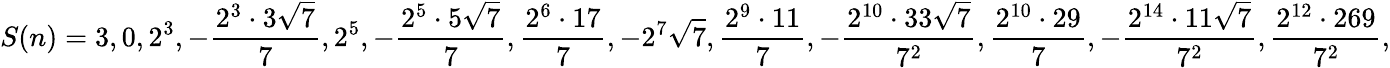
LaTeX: S(n)=3,0,2^{3},-{\frac{2^{3}\cdot 3{\sqrt{7}}}{7}},2^{5},-{\frac{2^{5}\cdot 5{\sqrt{7}}}{7}},{\frac{2^{6}\cdot 17}{7}},-2^{7}{\sqrt{7}},{\frac{2^{9}\cdot 11}{7}},-{\frac{2^{10}\cdot 33{\sqrt{7}}}{7^{2}}},{\frac{2^{10}\cdot 29}{7}},-{\frac{2^{14}\cdot 11{\sqrt{7}}}{7^{2}}},{\frac{2^{12}\cdot 269}{7^{2}}},